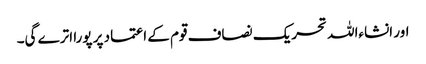
اور انشاءاللہ تحریک نصاف قوم کے اعتماد پر پورا اترے گی۔